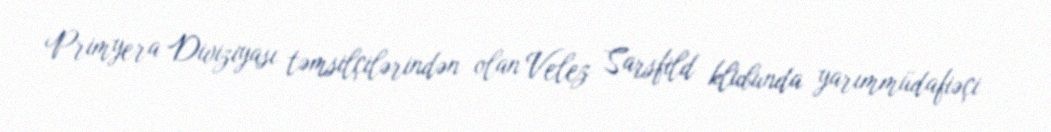
Primyera Diviziyası təmsilçilərindən olan Velez Sarsfild klubunda yarımmüdafiəçi